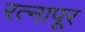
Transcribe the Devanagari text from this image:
रत्‍नापूर